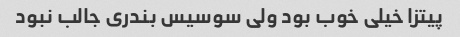
پیتزا خیلی خوب بود ولی سوسیس بندری جالب نبود